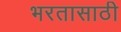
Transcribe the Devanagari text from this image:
भरतासाठी